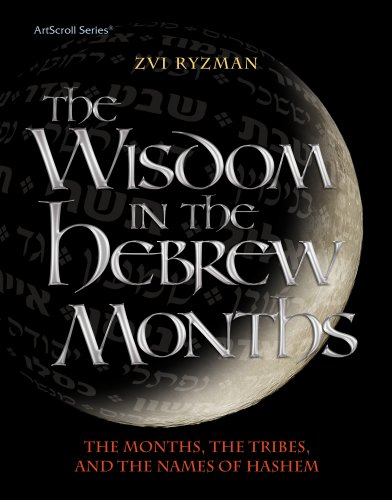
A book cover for Wisdom in the Hebrew Months (Artscroll); Zvi Ryzman; Religion & Spirituality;